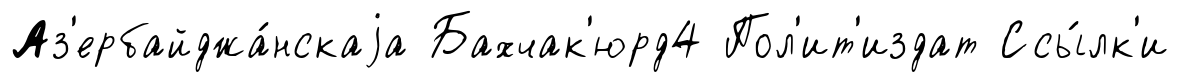
Аз'ербайджа́нскаjа Бахчак'юрд4 Пол'ит'издат Ссы́лк'и